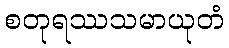
စတုရဿသမာယုတံ